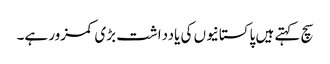
سچ کہتے ہیں پاکستانیوں کی یادداشت بڑی کمزور ہے۔